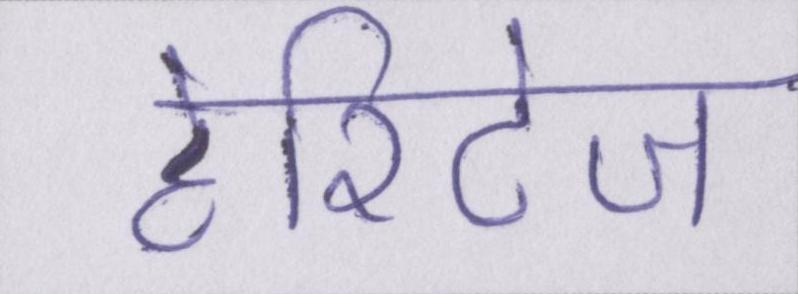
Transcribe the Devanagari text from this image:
हेरिटेज